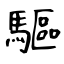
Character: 驅